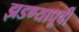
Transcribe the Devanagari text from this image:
झडण्यापूर्वी